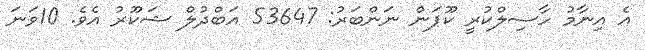
އެ އިނާމު ހާސިލްކުރީ ކޫޕަން ނަންބަރު: 53647 އަބްދުލް ޝަކޫރު އެވެ. 10ވަނަ